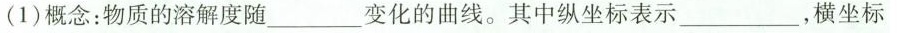
(1)概念：物质的溶解度随_变化的曲线。其中纵坐标表示___，横坐标